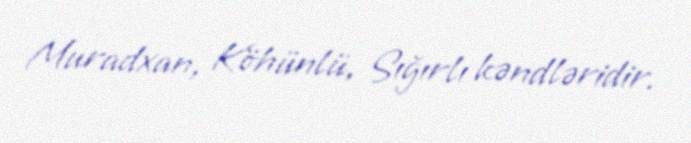
Muradxan, Köhünlü, Sığırlı kəndləridir.